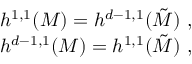
\begin{array} { c } { { h ^ { 1 , 1 } ( M ) = h ^ { d - 1 , 1 } ( \tilde { M } ) ~ , } } \\ { { h ^ { d - 1 , 1 } ( M ) = h ^ { 1 , 1 } ( \tilde { M } ) ~ , } } \end{array}